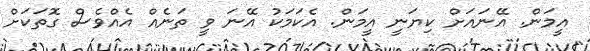
އީމަން. އޭނައަށް ކިޔަނީ އީމަން. އެކަމަކު އޭނަ ވީ ތަނެއް އެއްވެސް ގޮތަކަށް